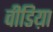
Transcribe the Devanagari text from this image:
वीडिय़ा